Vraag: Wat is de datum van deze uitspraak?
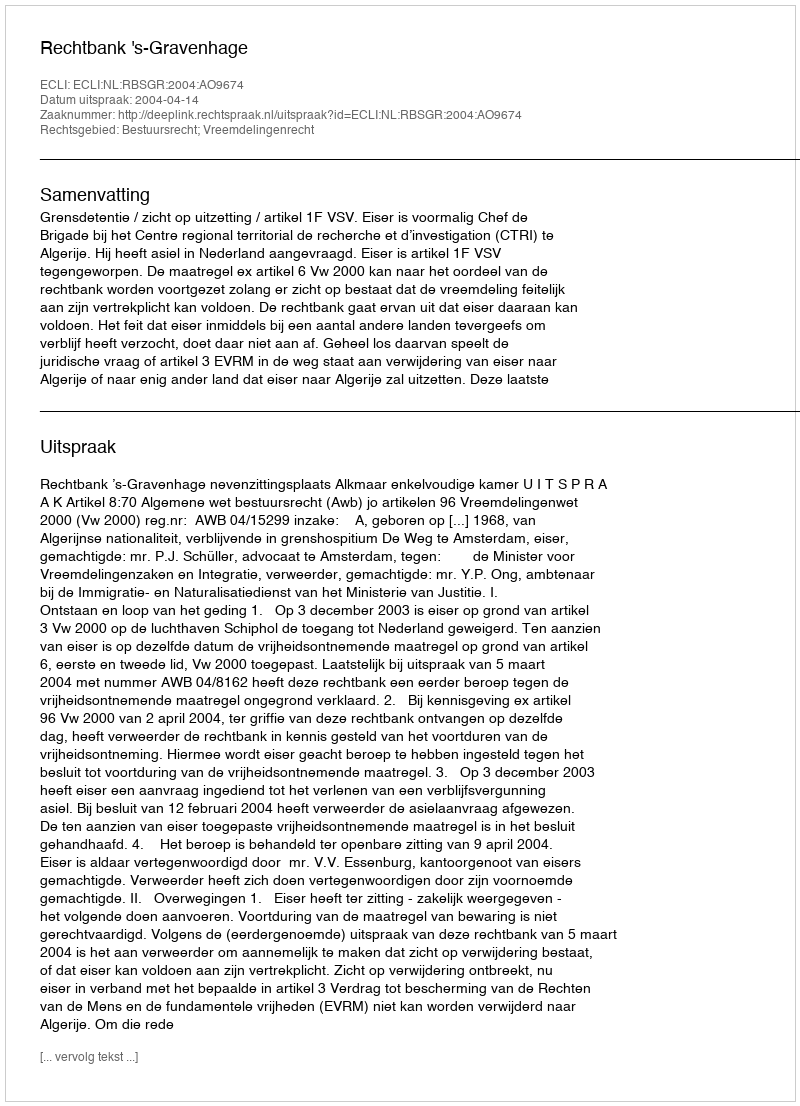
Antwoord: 2004-04-14